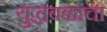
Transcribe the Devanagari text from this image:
युद्धबळाचा